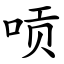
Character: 唝